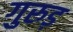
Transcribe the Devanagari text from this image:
गुरुड़